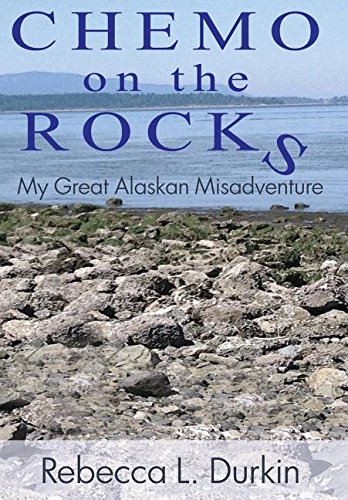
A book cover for Chemo On The Rocks: My Great Alaskan Misadventure; Rebecca L Durkin; Medical Books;